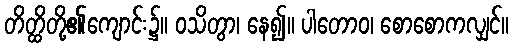
တိတ္ထိတို့၏ကျောင်း၌။ ဝသိတွာ၊ နေ၍။ ပါတောဝ၊ စောစောကလျှင်။